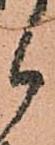
候